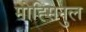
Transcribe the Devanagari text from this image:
मोह्सिनुल